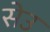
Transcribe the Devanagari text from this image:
सेउ